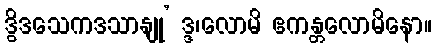
ဒွိဒသေကဒသာနျု’ ဒ္ဒ၊လောမိ ဧကန္တလောမိနော။